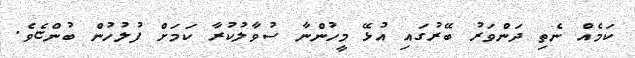
ކަމެއް ނެތި ދަންވަރު ބޭރުގައި އުޅޭ މީހުންނާ ސުވާލުކުރާ ކަމަށް ފުލުހުން ބުންޏެވެ.